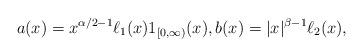
LaTeX: \begin{align*}a(x)=x^{\alpha/2-1}\ell_1(x)1_{[0,\infty)}(x),b(x)= |x|^{\beta-1}\ell_2(x),\end{align*}